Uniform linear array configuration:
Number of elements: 24
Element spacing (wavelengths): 0.25
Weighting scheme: hann
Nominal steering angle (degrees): -15
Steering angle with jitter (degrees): -16.933
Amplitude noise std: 0.05
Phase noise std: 0.05

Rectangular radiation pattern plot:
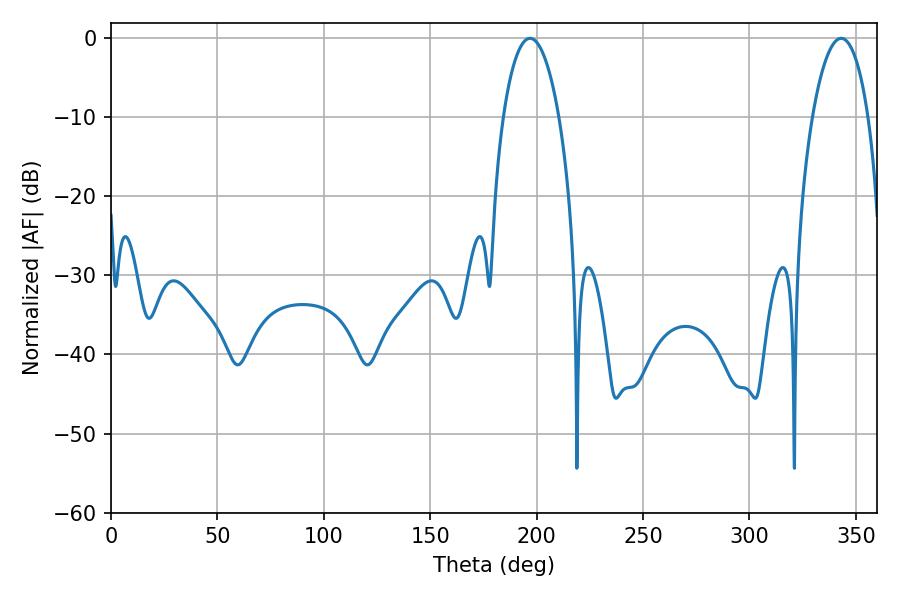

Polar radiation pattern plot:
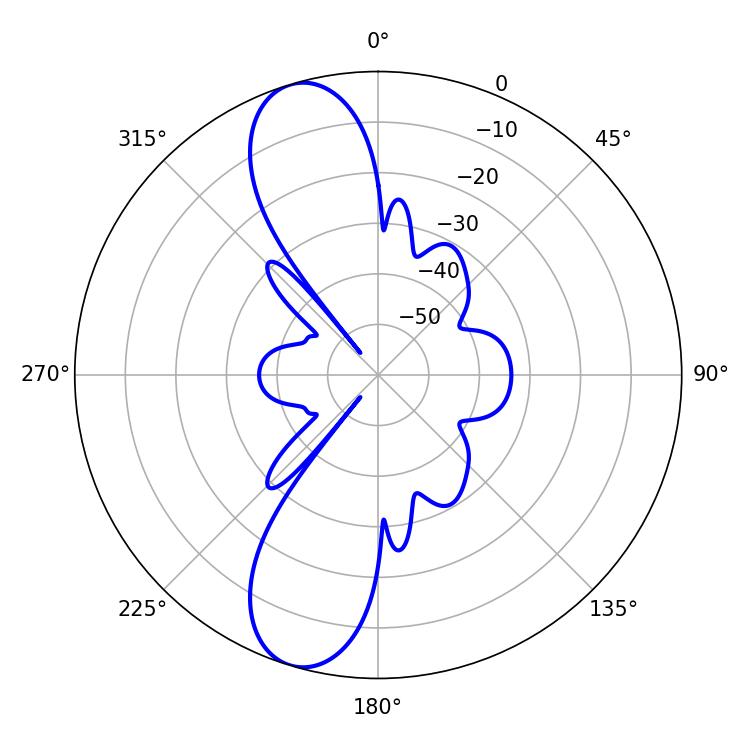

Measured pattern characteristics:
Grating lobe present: FALSE
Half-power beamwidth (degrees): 14.76
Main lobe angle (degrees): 343.08